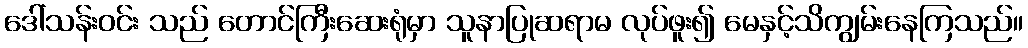
ဒေါ်သန်းဝင်း သည် တောင်ကြီးဆေးရုံမှာ သူနာပြုဆရာမ လုပ်ဖူး၍ မေနှင့်သိကျွမ်းနေကြသည်။